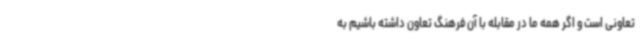
تعاونی است و اگر همه ما در مقابله با آن فرهنگ تعاون داشته باشیم به